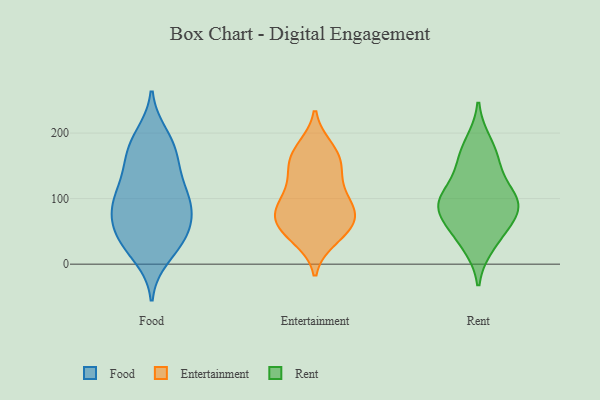
{"axis": {"x": "Customer Acquisition Cost (USD)", "y": "Value"}, "legend": ["Entertainment", "Food", "Rent"], "data": [{"x": "", "y": 76, "type": "Food"}, {"x": "", "y": 105, "type": "Food"}, {"x": "", "y": 28, "type": "Food"}, {"x": "", "y": 106, "type": "Food"}, {"x": "", "y": 157, "type": "Food"}, {"x": "", "y": 60, "type": "Food"}, {"x": "", "y": 116, "type": "Food"}, {"x": "", "y": 59, "type": "Food"}, {"x": "", "y": 187, "type": "Food"}, {"x": "", "y": 155, "type": "Food"}, {"x": "", "y": 183, "type": "Food"}, {"x": "", "y": 149, "type": "Food"}, {"x": "", "y": 197, "type": "Food"}, {"x": "", "y": 84, "type": "Food"}, {"x": "", "y": 46, "type": "Food"}, {"x": "", "y": 28, "type": "Food"}, {"x": "", "y": 42, "type": "Food"}, {"x": "", "y": 100, "type": "Food"}, {"x": "", "y": 11, "type": "Food"}, {"x": "", "y": 89, "type": "Food"}, {"x": "", "y": 178, "type": "Entertainment"}, {"x": "", "y": 165, "type": "Entertainment"}, {"x": "", "y": 74, "type": "Entertainment"}, {"x": "", "y": 43, "type": "Entertainment"}, {"x": "", "y": 38, "type": "Entertainment"}, {"x": "", "y": 86, "type": "Entertainment"}, {"x": "", "y": 78, "type": "Entertainment"}, {"x": "", "y": 100, "type": "Entertainment"}, {"x": "", "y": 98, "type": "Entertainment"}, {"x": "", "y": 175, "type": "Entertainment"}, {"x": "", "y": 142, "type": "Entertainment"}, {"x": "", "y": 48, "type": "Entertainment"}, {"x": "", "y": 116, "type": "Entertainment"}, {"x": "", "y": 73, "type": "Entertainment"}, {"x": "", "y": 67, "type": "Entertainment"}, {"x": "", "y": 140, "type": "Entertainment"}, {"x": "", "y": 59, "type": "Entertainment"}, {"x": "", "y": 153, "type": "Entertainment"}, {"x": "", "y": 149, "type": "Rent"}, {"x": "", "y": 100, "type": "Rent"}, {"x": "", "y": 184, "type": "Rent"}, {"x": "", "y": 97, "type": "Rent"}, {"x": "", "y": 67, "type": "Rent"}, {"x": "", "y": 96, "type": "Rent"}, {"x": "", "y": 82, "type": "Rent"}, {"x": "", "y": 160, "type": "Rent"}, {"x": "", "y": 30, "type": "Rent"}, {"x": "", "y": 96, "type": "Rent"}, {"x": "", "y": 45, "type": "Rent"}]}